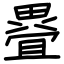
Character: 疂